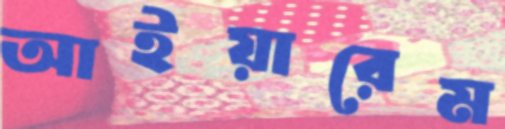
আইয়ারেম